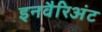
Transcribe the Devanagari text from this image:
इनवैरिअंट